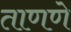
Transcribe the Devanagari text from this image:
ताणणे